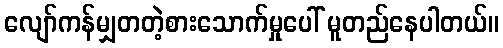
လျော်ကန်မျှတတဲ့စားသောက်မှုပေါ် မူတည်နေပါတယ်။